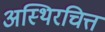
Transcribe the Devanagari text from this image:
अस्थिरचित्त